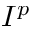
I ^ { p }